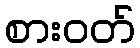
စားဝတ်